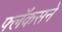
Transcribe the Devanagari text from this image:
फ्लॅकसने